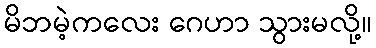
မိဘမဲ့ကလေး ဂေဟာ သွားမလို့။